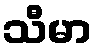
သီမာ